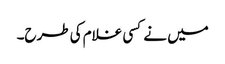
میں نے کسی غلام کی طرح۔